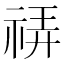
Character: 𰨀